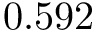
0 . 5 9 2